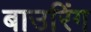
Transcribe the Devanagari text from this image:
बाउरिंग